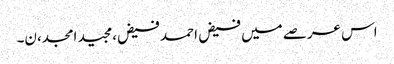
اس عرصے میں فیض احمد فیض،مجید امجد،ن۔